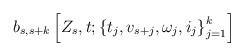
LaTeX: \begin{align*}b_{s,s+k} \left[ Z_s,t;\left\{t_j,v_{s+j},\omega_j,i_j\right\}_{j=1}^k \right]\end{align*}